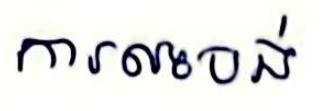
ការលះបង់